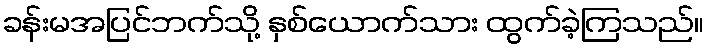
ခန်းမအပြင်ဘက်သို့ နှစ်ယောက်သား ထွက်ခဲ့ကြသည်။